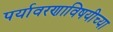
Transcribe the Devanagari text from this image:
पर्यावरणाविषयीच्या